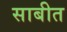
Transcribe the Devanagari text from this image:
साबीत